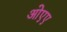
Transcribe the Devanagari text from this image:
ओएए